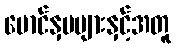
မောင်နှမများနှင့်အတူ